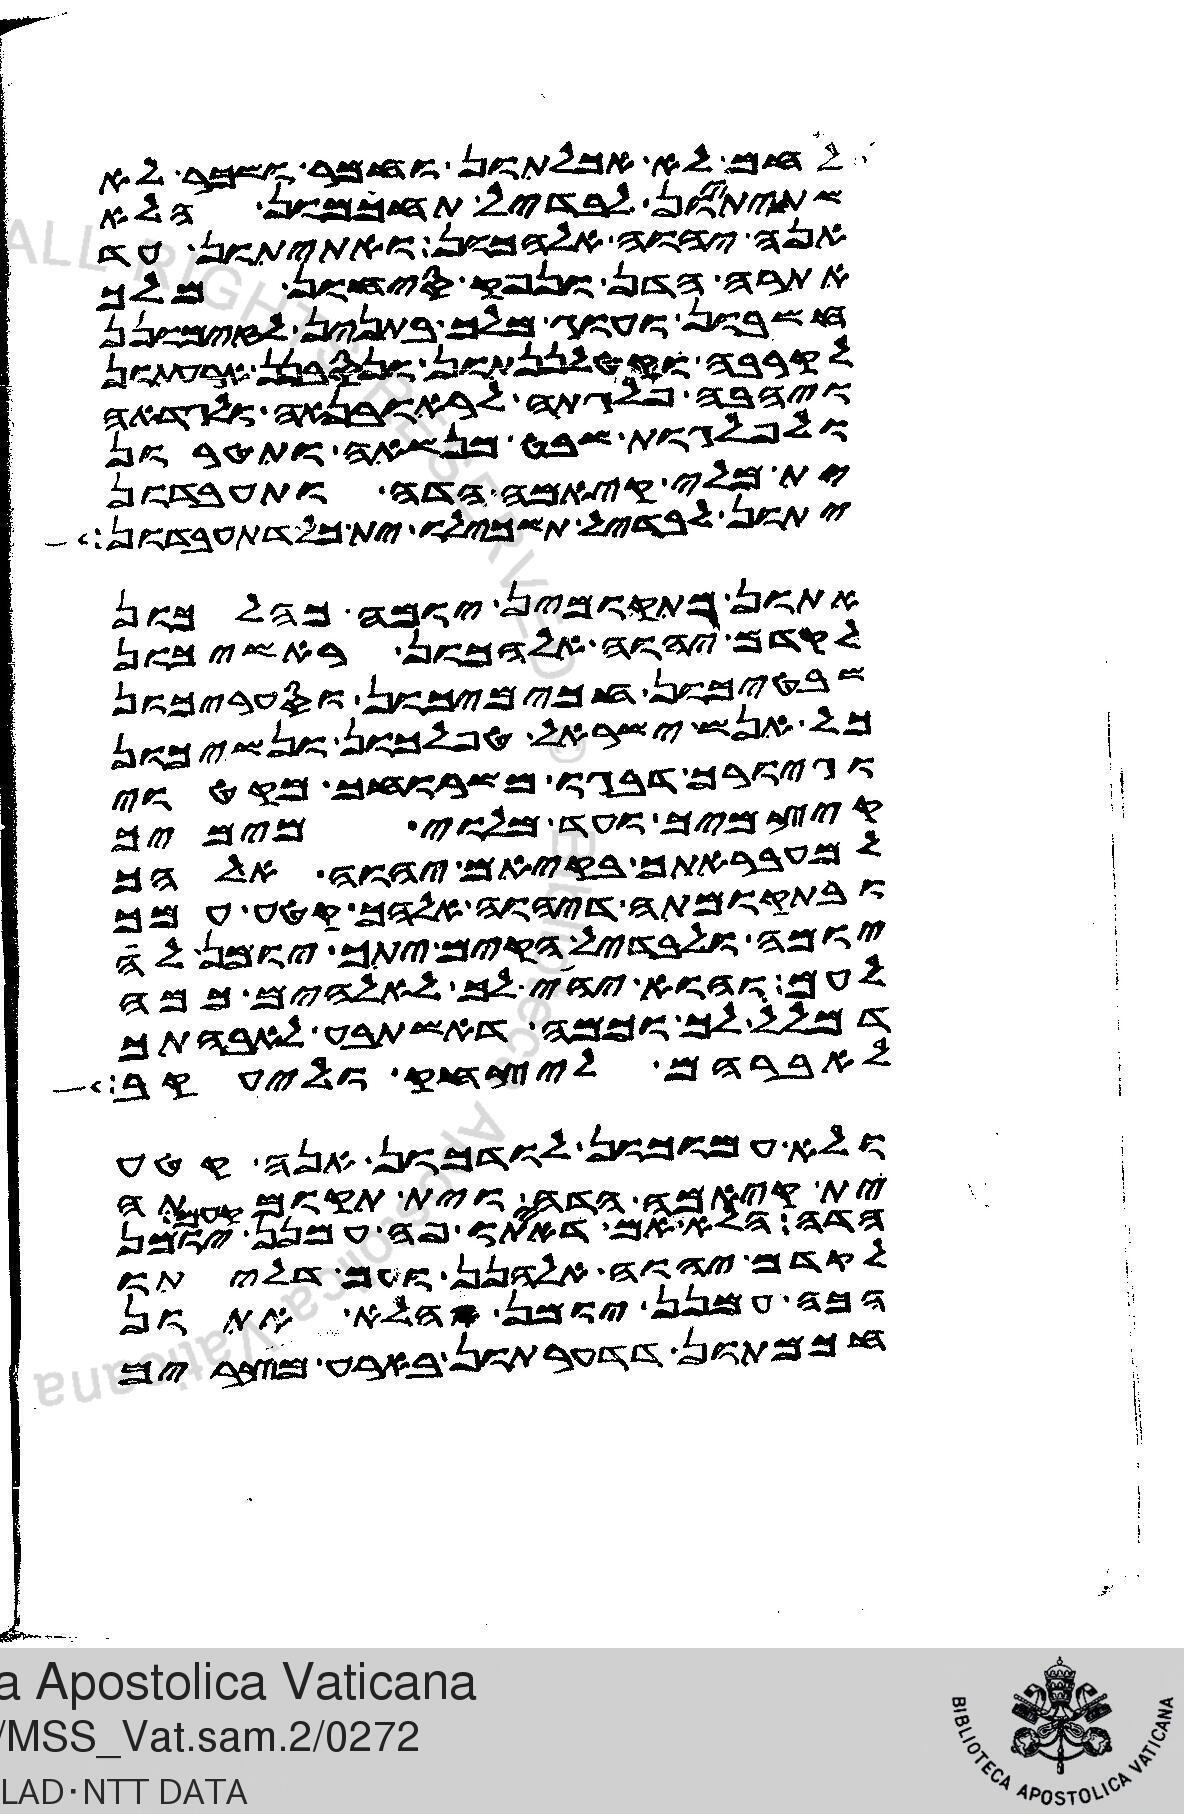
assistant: לחם לא אכלתון וחמר ושכר לא
שתיתיון לבדיל תחכמון הלא
אנה יהוה אלהכון ואתיתון עד
אתרה הדן ונפק סיחון מלך
חשבון ועוג מלך בתנין לזימונן
לקרבה וקטלננתון ונסבנן ארעתון
ויהבה פלגתה לראובנאה ולגדאה
ולפלגות שבט מנשאה ותטרון
ית מלי קיאמה הדה ותעבדון
יתון לבדיל תשכילו ית כל דתעבדון
אתון מתקוממין יומה כהלכון
לקדם יהוה אלהכון ראשיכון
שבטיכון חכימיכון וסעפריכון
כל אנש ישראל טפלכון ונשיכון
וגיורך דבגו משרוחך מקטוי
קיצמיך ועד מלוי מימיך
למעבראתך בקיאם יהוה אלהך
ובתקומתה דיהוה אלהך קטע עמך
יומה לבדיל הקים יתך יומן לה
לעם והוא יהי לך לאלהים כמה
דמלל לך וכמה דאשתבע לאבהתך
לאברהם ליצחק וליעקב
ולא עמוכון לודכון אנה קטע
ית קיאמה הדה וית תקומתה
הדה הלא אם דאיתו פה הכה עמנן יומן
לקדם יהוה אלהנן ועם דליתו
הכה עמנן יומן הלא אתון
חכמתון ית דדערתון בארע מצרים